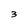
Character: 3